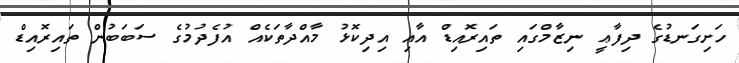
ހަށިގަނޑުގެ ދިފާޢީ ނިޒާމްގައި ތައިރޮއިޑް އާއި އިދިކޮޅު މާއްދާތަކެއް އުފެދުމުގެ ސަބަބުން ތައިރޮއިޑް